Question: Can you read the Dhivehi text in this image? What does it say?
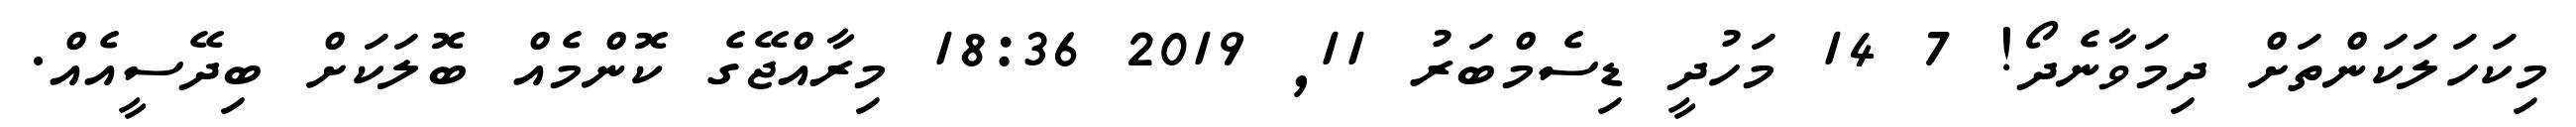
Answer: މިކަހަލަކަންތަށް ދިމަވާނެދޯ! 7 14 މަހުދީ ޑިސެމްބަރު 11, 2019 18:36 މިރާއްޖޭގެ ކޮންމެއް ބޮލަކަށް ބިދޭސީއެއް.